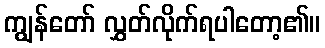
ကျွန်တော် လွှတ်လိုက်ရပါတော့၏။